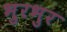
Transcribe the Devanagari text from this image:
भुरभुर